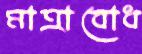
মাত্রাবোধ